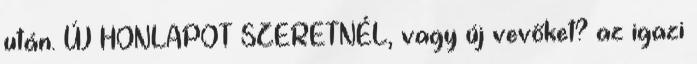
után. ÚJ HONLAPOT SZERETNÉL, vagy új vevőket? az igazi